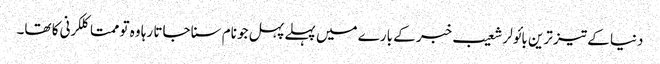
دنیا کے تیز ترین بائولر شعیب خبر کے بارے میں پہلے پہل جو نام سنا جاتا رہا وہ تو ممتا کلکرنی کا تھا۔